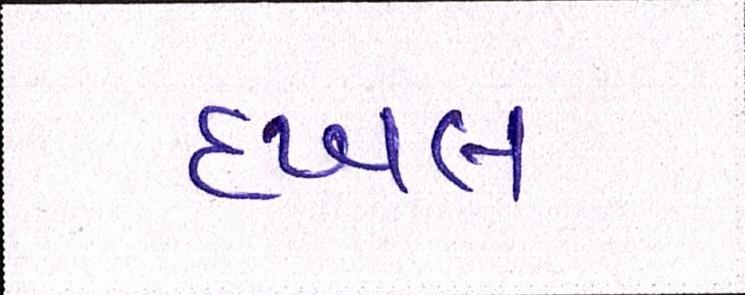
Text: દખલ